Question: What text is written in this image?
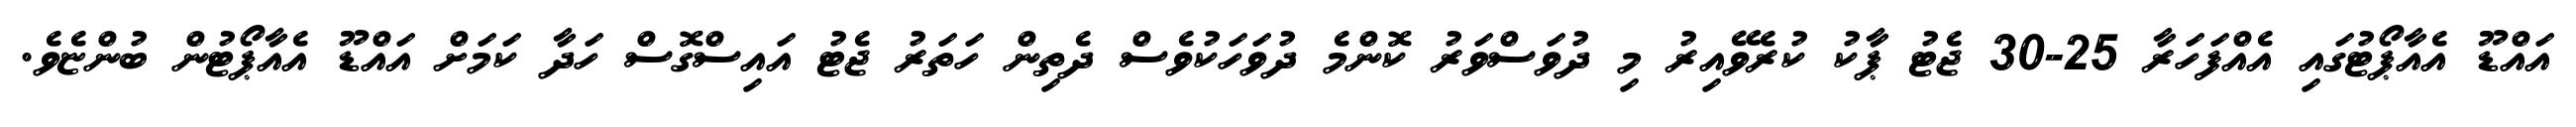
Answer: އައްޑޫ އެއާޕޯޓުގައި އެއްފަހަރާ 25-30 ޖެޓު ޕާކު ކުރެވޭއިރު މި ދުވަސްވަރު ކޮންމެ ދުވަހަކުވެސް ދެތިން ހަތަރު ޖެޓު އައިސްގޮސް ހަދާ ކަމަށް އައްޑޫ އެއާޕޯޓުން ބުންޏެވެ.